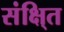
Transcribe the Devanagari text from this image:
संक्षि्त